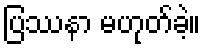
ပြဿနာ မဟုတ်ခဲ့။